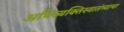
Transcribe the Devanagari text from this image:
अभिव्यक्तिस्वातंत्र्याचा